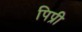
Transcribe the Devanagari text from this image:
पिप्री